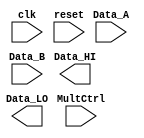
// colocar multStop wire na implementao do algoritmo

module mult(
    input   wire            clk,
    input   wire            reset,
    input   wire            MultCtrl,
    input   wire    [31:0]  Data_A,
    input   wire    [31:0]  Data_B,
    output  reg     [31:0]  Data_HI,
    output  reg     [31:0]  Data_LO
);

endmodule